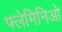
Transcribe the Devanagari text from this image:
फ्लेमिनिओ